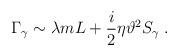
LaTeX: \begin{align*}\Gamma _{\gamma }\sim \lambda mL+\frac{i}{2}\eta \vartheta ^{2}S_{\gamma }\;.\end{align*}